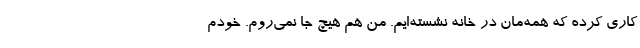
کاری کرده که همه‌مان در خانه نشسته‌ایم. من هم هیچ جا نمی‌روم. خودم